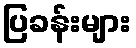
ပြခန်းများ